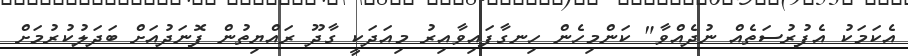
އެކަމަކު އެފުރުސަތެއް ނުދެއްވާ" ކަންމިހެން ހިނގާފައިވާއިރު މިއަދަކީ ގާދޫ ރައްޔިތުން ފޮނަދުއަށް ބަދަލުކުރުމަށް